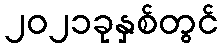
၂၀၂၁ခုနှစ်တွင်